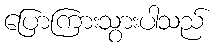
ပြောကြားသွားပါသည်